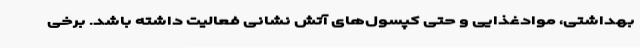
بهداشتی، موادغذایی و حتی کپسول‌های آتش نشانی فعالیت داشته باشد. برخی